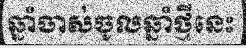
ឆ្នាំចាស់ចូលឆ្នាំថ្មីនេះ